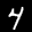
Label: 4